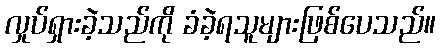
လှုပ်ရှားခဲ့သည်ကို ခံခဲ့ရသူများဖြစ်ပေသည်။